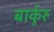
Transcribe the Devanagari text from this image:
बार्कुरु